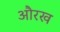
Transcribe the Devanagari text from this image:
औरख